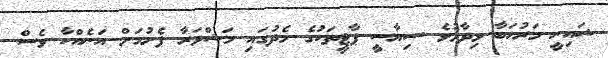
ޝައިނީ މަރުހަބާ ވިދާޅުވެ ސިޔާސީ ޕާޓީތަކުގެ މެދުގައި މަޝްވަރާ ފެށުމަށް އަނެއްކާ ވެސް